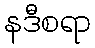
နဒီစရာ